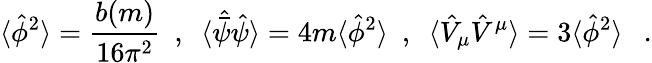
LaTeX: \langle\hat{\phi}^{2}\rangle={\frac{b(m)}{16\pi^{2}}}~~,~~\langle\hat{\bar{\psi}}\hat{\psi}\rangle=4m\langle\hat{\phi}^{2}\rangle~~,~~\langle\hat{V}_{\mu}\hat{V}^{\mu}\rangle=3\langle\hat{\phi}^{2}\rangle~~~.